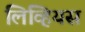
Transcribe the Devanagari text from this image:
लिव्हियस